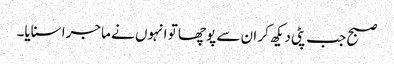
صبح جب پٹی دیکھ کر ان سے پوچھا تو انہوں نے ماجرا سنایا۔